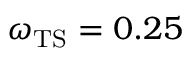
\omega _ { \mathrm { T S } } = 0 . 2 5